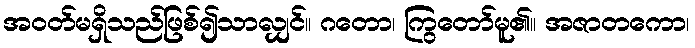
အဝတ်မရှိသည်ဖြစ်၍သာလျှင်။ ဂတော၊ ကြွတော်မူ၏။ အဇာတကော၊